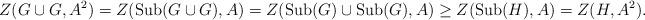
LaTeX: \begin{align*}Z(G\cup G,A^2)=Z(\mathrm{Sub}(G\cup G),A)=Z(\mathrm{Sub}(G)\cup \mathrm{Sub}(G),A)\geq Z(\mathrm{Sub}(H),A)=Z(H,A^2).\end{align*}